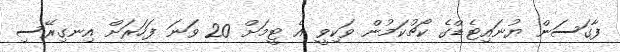
ފާގަސަން ޔުނައިޓެޑްގެ ކޯޗުކަމުން ވަކިވީ އެ ޓީމަށް 20 ވަނަ ފަހަރަށް އިނގިރޭސި